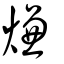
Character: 熑